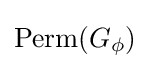
\operatorname {Perm} (G_{\phi })